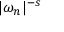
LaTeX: \vert \omega _ { n } \vert ^ { - s }